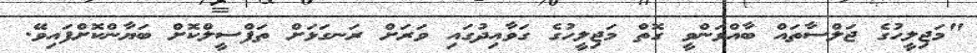
"މަޖިލީހުގެ ޖަލްސާތައް ބާއްވަންވީ ގޮތް މަޖިލީހުގެ ގަވާއިދުގައި ވަރަށް ރަނގަޅަށް ތަފްސީލްކޮށް ބަޔާންކޮށްފައިވޭ.